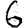
Digit: 6